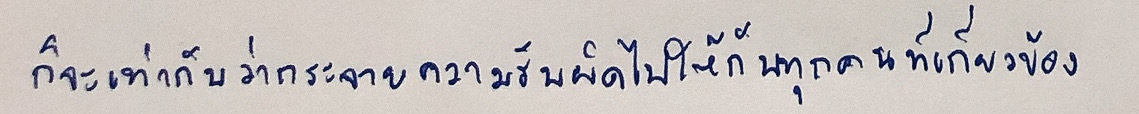
ก็จะเท่ากับว่ากระจายความรับผิดไปให้กับทุกคนที่เกี่ยวข้อง